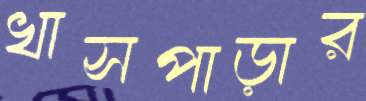
খাসপাড়ার